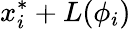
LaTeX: x_{i}^{*}+L(\phi_{i})